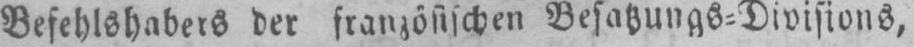
Befehlshabers der französischen Besatzungs⸗Divisions,